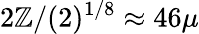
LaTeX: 2\mathbb{Z}/(2)^{1/8}\approx46\mu